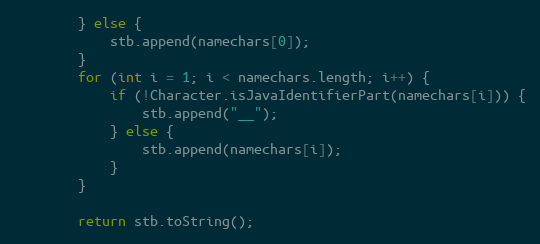
Language: Java
        } else {
            stb.append(namechars[0]);
        }
        for (int i = 1; i < namechars.length; i++) {
            if (!Character.isJavaIdentifierPart(namechars[i])) {
                stb.append("__");
            } else {
                stb.append(namechars[i]);
            }
        }

        return stb.toString();